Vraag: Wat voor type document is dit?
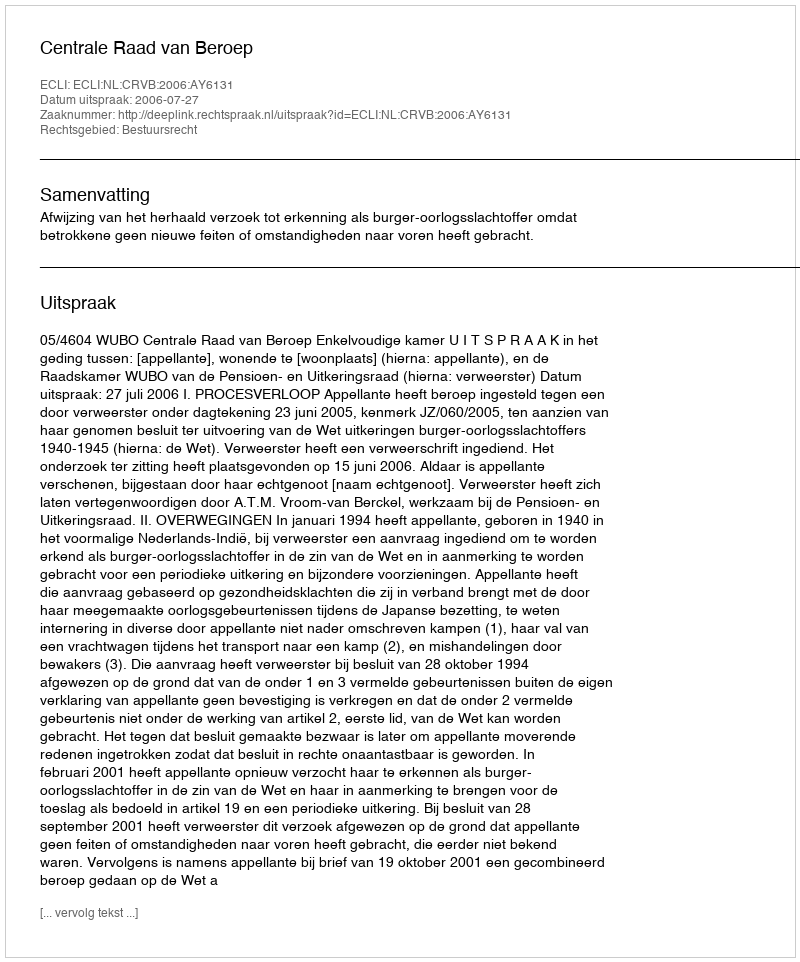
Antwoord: Uitspraak